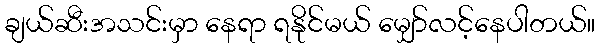
ချယ်ဆီးအသင်းမှာ နေရာ ရနိုင်မယ် မျှော်လင့်နေပါတယ်။